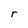
Character: r